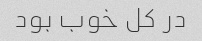
در کل خوب بود